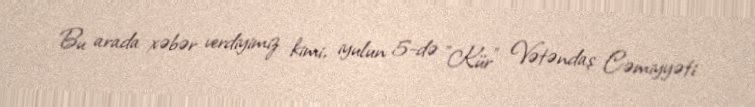
Bu arada xəbər verdiyimiz kimi, iyulun 5-də "Kür" Vətəndaş Cəmiyyəti